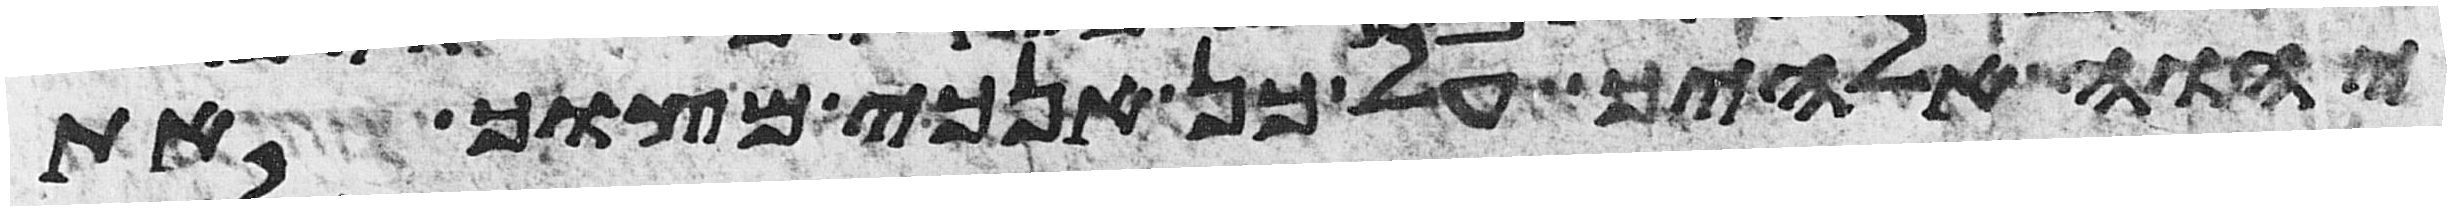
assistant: יהוה אלהיך על כן אנכי מצוך את